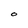
Character: O